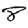
Digit: 8